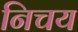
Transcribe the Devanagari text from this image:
निचय